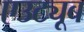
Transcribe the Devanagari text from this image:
एउट्यूब